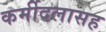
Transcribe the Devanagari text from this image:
कर्मीदलासह